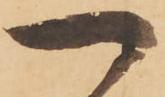
一